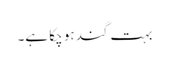
بہت گند ہو چکا ہے۔